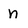
Character: n